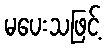
မပေးသဖြင့်